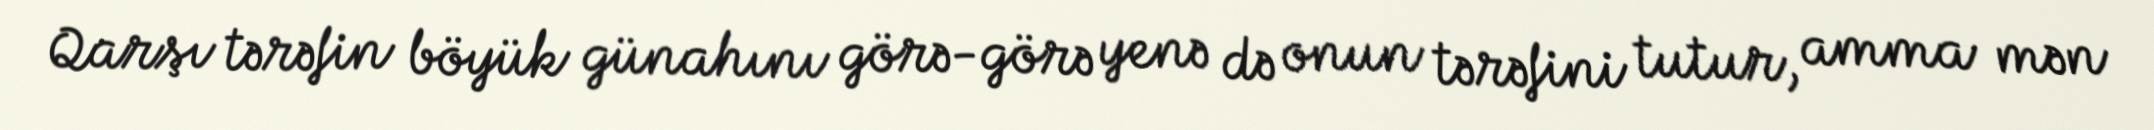
Qarşı tərəfin böyük günahını görə-görə yenə də onun tərəfini tutur, amma mən